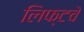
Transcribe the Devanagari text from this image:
लिफ्टचे